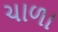
ચાળા